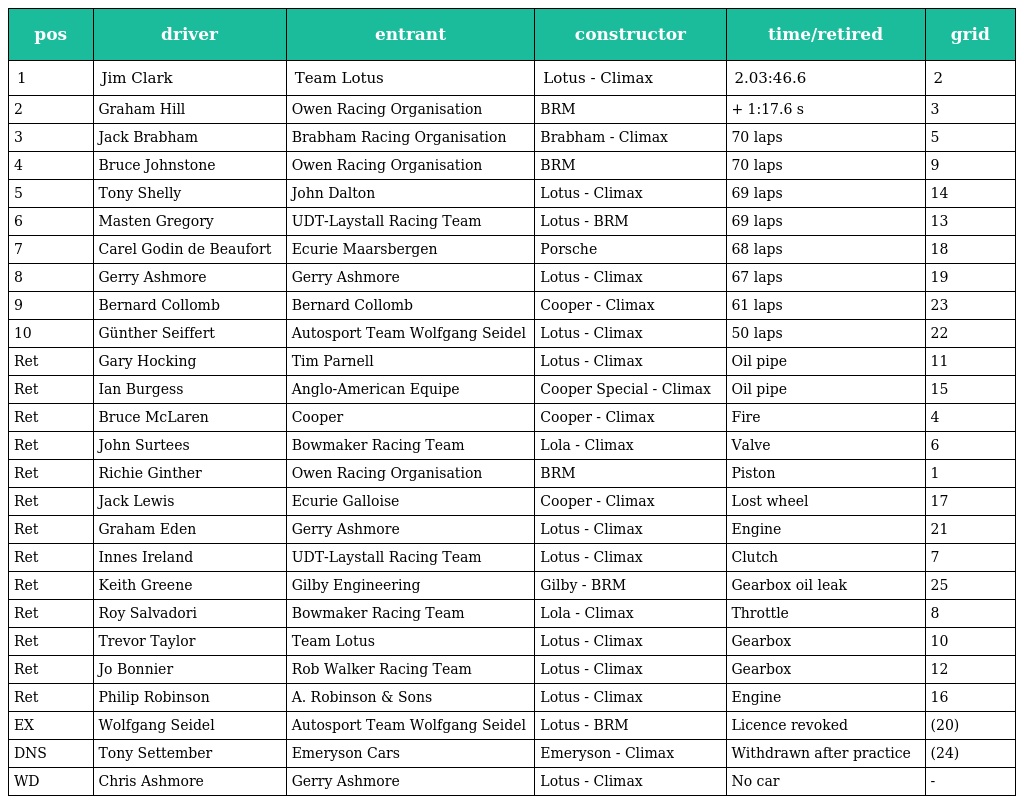
| pos | driver | entrant | constructor | time/retired | grid |
 | --- | --- | --- | --- | --- | --- |
 | 1 | Jim Clark | Team Lotus | Lotus - Climax | 2.03:46.6 | 2 |
 | 2 | Graham Hill | Owen Racing Organisation | BRM | + 1:17.6 s | 3 |
 | 3 | Jack Brabham | Brabham Racing Organisation | Brabham - Climax | 70 laps | 5 |
 | 4 | Bruce Johnstone | Owen Racing Organisation | BRM | 70 laps | 9 |
 | 5 | Tony Shelly | John Dalton | Lotus - Climax | 69 laps | 14 |
 | 6 | Masten Gregory | UDT-Laystall Racing Team | Lotus - BRM | 69 laps | 13 |
 | 7 | Carel Godin de Beaufort | Ecurie Maarsbergen | Porsche | 68 laps | 18 |
 | 8 | Gerry Ashmore | Gerry Ashmore | Lotus - Climax | 67 laps | 19 |
 | 9 | Bernard Collomb | Bernard Collomb | Cooper - Climax | 61 laps | 23 |
 | 10 | Günther Seiffert | Autosport Team Wolfgang Seidel | Lotus - Climax | 50 laps | 22 |
 | Ret | Gary Hocking | Tim Parnell | Lotus - Climax | Oil pipe | 11 |
 | Ret | Ian Burgess | Anglo-American Equipe | Cooper Special - Climax | Oil pipe | 15 |
 | Ret | Bruce McLaren | Cooper | Cooper - Climax | Fire | 4 |
 | Ret | John Surtees | Bowmaker Racing Team | Lola - Climax | Valve | 6 |
 | Ret | Richie Ginther | Owen Racing Organisation | BRM | Piston | 1 |
 | Ret | Jack Lewis | Ecurie Galloise | Cooper - Climax | Lost wheel | 17 |
 | Ret | Graham Eden | Gerry Ashmore | Lotus - Climax | Engine | 21 |
 | Ret | Innes Ireland | UDT-Laystall Racing Team | Lotus - Climax | Clutch | 7 |
 | Ret | Keith Greene | Gilby Engineering | Gilby - BRM | Gearbox oil leak | 25 |
 | Ret | Roy Salvadori | Bowmaker Racing Team | Lola - Climax | Throttle | 8 |
 | Ret | Trevor Taylor | Team Lotus | Lotus - Climax | Gearbox | 10 |
 | Ret | Jo Bonnier | Rob Walker Racing Team | Lotus - Climax | Gearbox | 12 |
 | Ret | Philip Robinson | A. Robinson & Sons | Lotus - Climax | Engine | 16 |
 | EX | Wolfgang Seidel | Autosport Team Wolfgang Seidel | Lotus - BRM | Licence revoked | (20) |
 | DNS | Tony Settember | Emeryson Cars | Emeryson - Climax | Withdrawn after practice | (24) |
 | WD | Chris Ashmore | Gerry Ashmore | Lotus - Climax | No car | - |